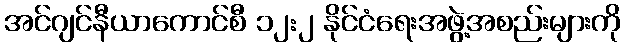
အင်ဂျင်နီယာကောင်စီ ၁၂:၂ နိုင်ငံရေးအဖွဲ့အစည်းများကို